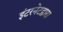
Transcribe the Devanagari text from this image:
इंटरनेटद्वारा